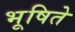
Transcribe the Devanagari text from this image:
भूषिते